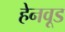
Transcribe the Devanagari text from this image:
हेनवूड